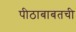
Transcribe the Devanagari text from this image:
पीठाबाबतची